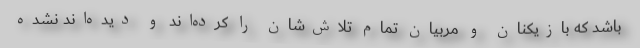
باشد که بازیکنان و مربیان تمام تلاش‌شان را کرده‌اند و دیده‌اند نشده